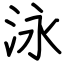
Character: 泳